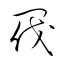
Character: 閥